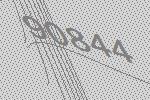
90844